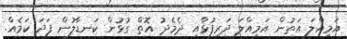
އަމިއްލަ އަތުން އަމިއްލަ ދަރިފުޅާއި ދެމެދު އޮތް ގުޅުން ކަނޑާލުން ފަދަ ކަމެއް.